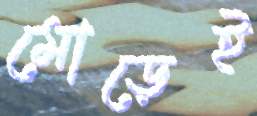
মোড়েই